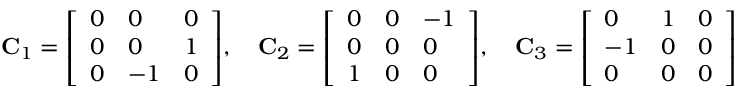
\mathbf { C } _ { 1 } = { \left[ \begin{array} { l l l } { 0 } & { 0 } & { 0 } \\ { 0 } & { 0 } & { 1 } \\ { 0 } & { - 1 } & { 0 } \end{array} \right] } , \quad \mathbf { C } _ { 2 } = { \left[ \begin{array} { l l l } { 0 } & { 0 } & { - 1 } \\ { 0 } & { 0 } & { 0 } \\ { 1 } & { 0 } & { 0 } \end{array} \right] } , \quad \mathbf { C } _ { 3 } = { \left[ \begin{array} { l l l } { 0 } & { 1 } & { 0 } \\ { - 1 } & { 0 } & { 0 } \\ { 0 } & { 0 } & { 0 } \end{array} \right] }